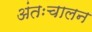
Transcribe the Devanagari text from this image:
अंतःचालन